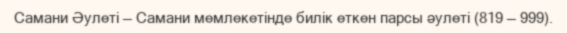
Самани Әулеті — Самани мемлекетінде билік еткен парсы әулеті (819 — 999).